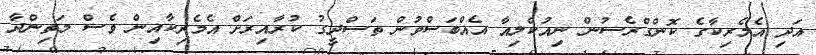
އަދި އެމެރިކާގެ ކޮންގްރެސުން ނިއުކްލިއާ އެއްބަސްވުން ތަސްދީގު ކުރާއިރަށް އެމެރިކާއިން ވެސް މަތިންދާ